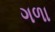
ગળા